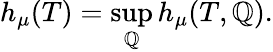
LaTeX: h_{\mu}(T)=\operatorname*{sup}_{\mathbb{Q}}h_{\mu}(T,\mathbb{Q}).